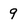
Character: 9